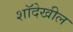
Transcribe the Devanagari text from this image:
शॉदेखील